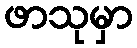
ဖာသုမှာ